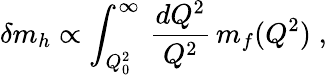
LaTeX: \delta m_{h}\propto\int_{Q_{0}^{2}}^{\infty}\, \frac{dQ^{2}}{Q^{2}}\, m_{f}(Q^{2})\; ,